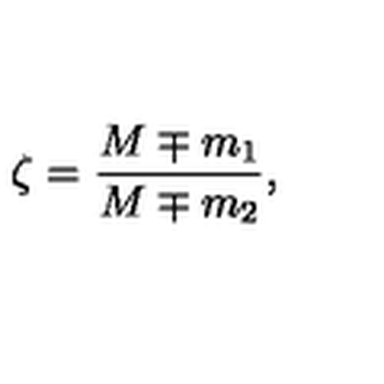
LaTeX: \zeta = \frac { M \mp m _ { 1 } } { M \mp m _ { 2 } } ,